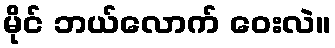
မိုင် ဘယ်လောက် ဝေးလဲ။